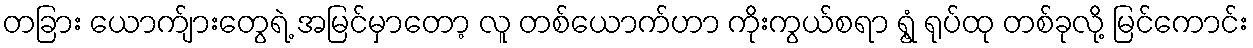
တခြား ယောက်ျားတွေရဲ့ အမြင်မှာတော့ လူ တစ်ယောက်ဟာ ကိုးကွယ်စရာ ရွံ့ ရုပ်ထု တစ်ခုလို့ မြင်ကောင်း